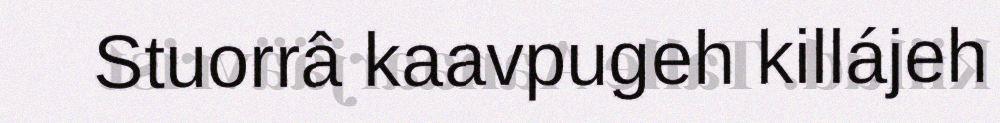
Stuorrâ kaavpugeh killájeh